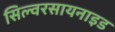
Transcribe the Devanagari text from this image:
सिल्वरसायनाइड